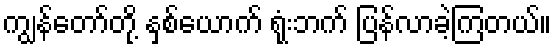
ကျွန်တော်တို့ နှစ်ယောက် ရုံးဘက် ပြန်လာခဲ့ကြတယ်။